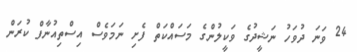
24 ވަނަ ދުވަހު ނަޝީދުގެ ވަކީލުންގެ މަސައްކަތް ފެށި ނަމަވެސް އިސްތިއުނާފް ކުރަން